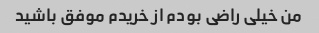
من خیلی راضی بودم از خریدم موفق باشید